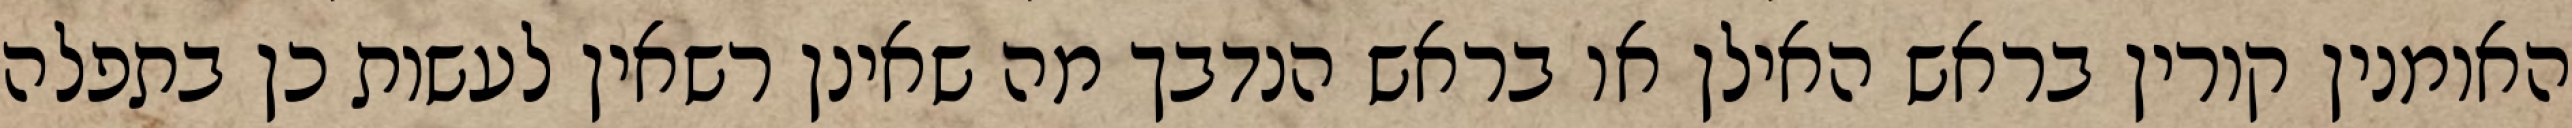
האומנין קורין בראש האילן או בראש הנדבך מה שאינן רשאין לעשות כן בתפלה